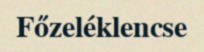
Főzeléklencse